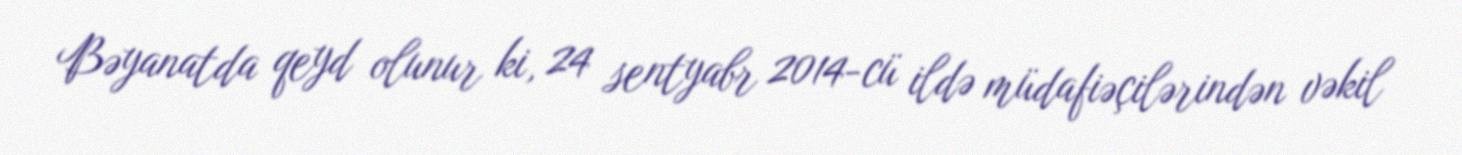
Bəyanatda qeyd olunur ki, 24 sentyabr 2014-cü ildə müdafiəçilərindən vəkil